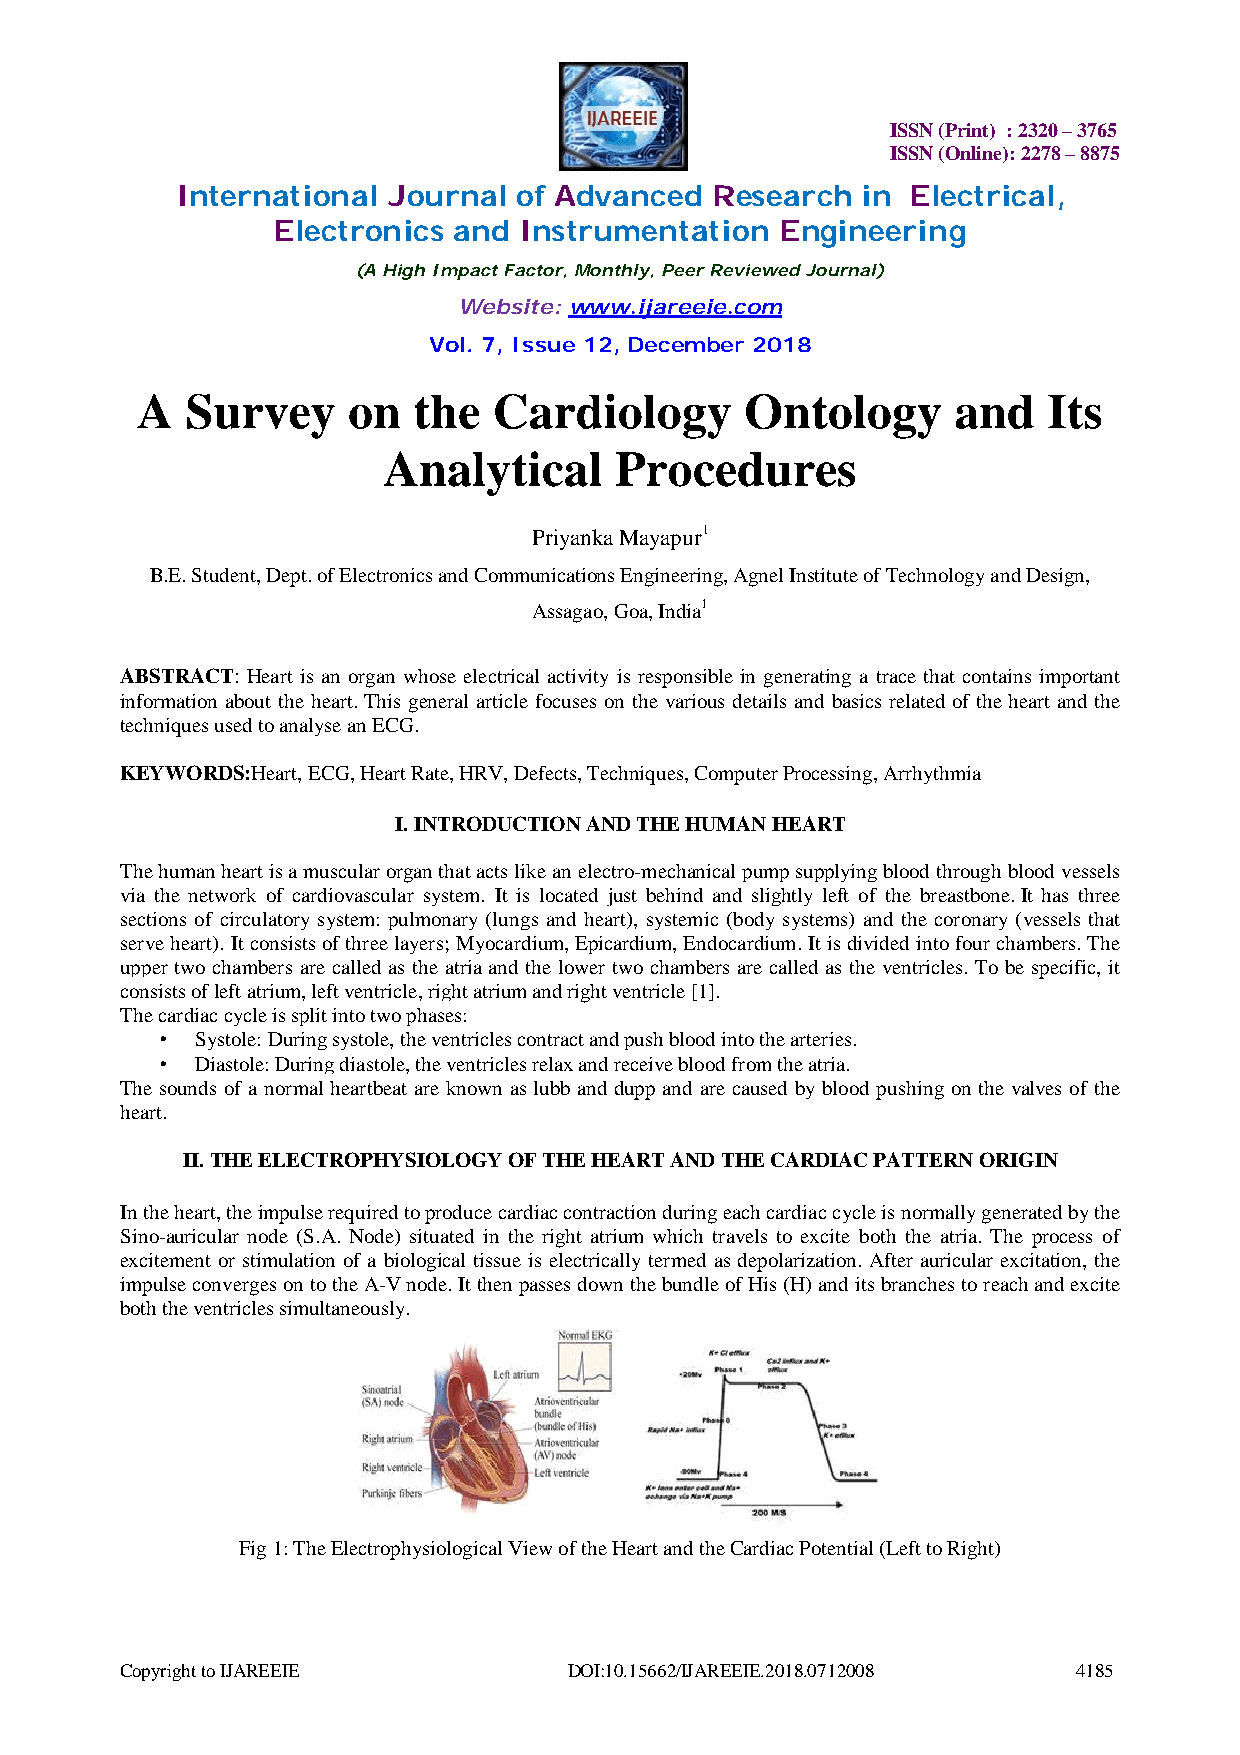
ISSN (Print) : 2320 – 3765
 ISSN (Online): 2278 – 8875
 International Journal of Advanced  Research  in Electrical,
 Electronics and Instrumentation   Engineering
 (A High Impact Factor, Monthly, Peer Reviewed Journal)
 Website: www.ijareeie.com
 Vol. 7, Issue 12, December 2018
 A  Survey     on  the   Cardiology      Ontology      and   Its
 Analytical      Procedures
 Priyanka Mayapur1
 B.E. Student, Dept. of Electronics and Communications Engineering, Agnel Institute of Technology and Design,
 Assagao, Goa, India1
 ABSTRACT: Heart is an organ whose electrical activity is responsible in generating a trace that contains important
 information about the heart. This general article focuses on the various details and basics related of the heart and the
 techniques used to analyse an ECG.
 KEYWORDS:Heart, ECG, Heart Rate, HRV, Defects, Techniques, Computer Processing, Arrhythmia
 I. INTRODUCTION AND THE HUMAN HEART
 The human heart is a muscular organ that acts like an electro-mechanical pump supplying blood through blood vessels
 via the network of cardiovascular system. It is located just behind and slightly left of the breastbone. It has three
 sections of circulatory system: pulmonary (lungs and heart), systemic (body systems) and the coronary (vessels that
 serve heart). It consists of three layers; Myocardium, Epicardium, Endocardium. It is divided into four chambers. The
 upper two chambers are called as the atria and the lower two chambers are called as the ventricles. To be specific, it
 consists of left atrium, left ventricle, right atrium and right ventricle [1].
 The cardiac cycle is split into two phases:
 •  Systole: During systole, the ventricles contract and push blood into the arteries.
 •  Diastole: During diastole, the ventricles relax and receive blood from the atria.
 The sounds of a normal heartbeat are known as lubb and dupp and are caused by blood pushing on the valves of the
 heart.
 II. THE ELECTROPHYSIOLOGY OF THE HEART AND THE CARDIAC PATTERN ORIGIN
 In the heart, the impulse required to produce cardiac contraction during each cardiac cycle is normally generated by the
 Sino-auricular node (S.A. Node) situated in the right atrium which travels to excite both the atria. The process of
 excitement or stimulation of a biological tissue is electrically termed as depolarization. After auricular excitation, the
 impulse converges on to the A-V node. It then passes down the bundle of His (H) and its branches to reach and excite
 both the ventricles simultaneously.
 Fig 1: The Electrophysiological View of the Heart and the Cardiac Potential (Left to Right)
 Copyright to IJAREEIE         DOI:10.15662/IJAREEIE.2018.0712008 4185